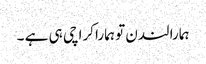
ہمارا لندن تو ہمارا کراچی ہی ہے ۔